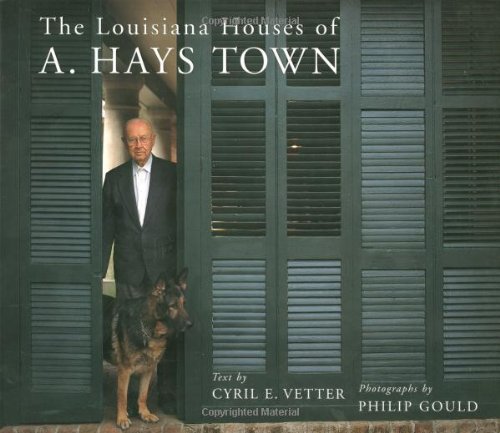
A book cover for The Louisiana Houses of A. Hays Town; Cyril E. Vetter; Crafts, Hobbies & Home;